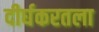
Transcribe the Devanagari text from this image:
दीर्घकरतला